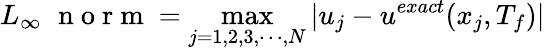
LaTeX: L_{\infty}\, \, \mathrm{~n~o~r~m~}=\operatorname*{max}_{j=1,2,3,\cdots,N}|u_{j}-u^{exact}(x_{j},T_{f})|